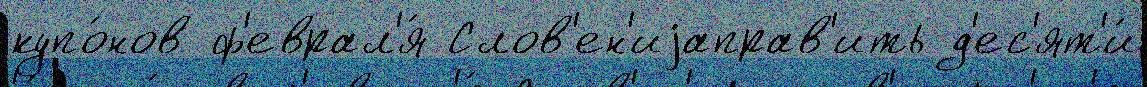
купо́нов ф'еврал'я́ Слов'ен'иjаправ'ить д'ес'ят'и́